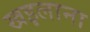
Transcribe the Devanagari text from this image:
खइलाना